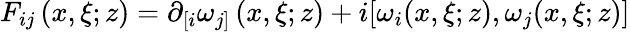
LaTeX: F_{ij}\left(x,\xi;z\right)=\partial_{\lbrack i}\omega_{j]}\left(x,\xi;z\right)+i[\omega_{i}(x,\xi;z),\omega_{j}(x,\xi;z)]